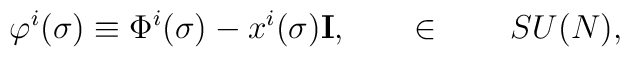
\varphi^i(\sigma)\equiv \Phi^i(\sigma)-x^i(\sigma) {\bf I}, \qquad \in\qquad SU(N),